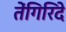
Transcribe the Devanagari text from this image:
तेंगिरिदे